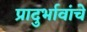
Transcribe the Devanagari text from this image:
प्रादुर्भावांचे